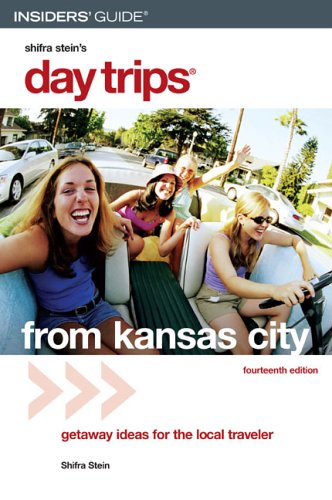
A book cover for Day Trips from Kansas City, 14th: Getaway Ideas for the Local Traveler (Day Trips Series); Shifra Stein; Travel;